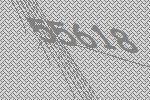
55618